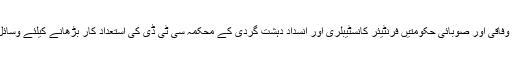
انہوں نے کہا کہ وفاقی اور صوبائی حکومتیں فرنٹیئر کانسٹیبلری اور انسداد دہشت گردی کے محکمہ سی ٹی ڈی کی استعداد کار بڑھانے کیلئے وسائل فراہم کریں گی۔